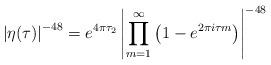
LaTeX: \begin{align*}\left|\eta(\tau)\right|^{-48}=e^{4\pi\tau_2}\left|\prod_{m=1}^\infty\left(1-e^{2\pi i \tau m}\right)\right|^{-48}\end{align*}